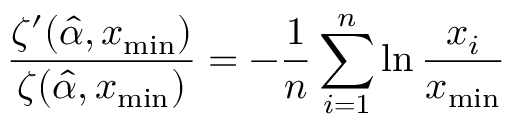
{ \frac { \zeta ^ { \prime } ( { \hat { \alpha } } , x _ { \operatorname* { m i n } } ) } { \zeta ( { \hat { \alpha } } , x _ { \operatorname* { m i n } } ) } } = - { \frac { 1 } { n } } \sum _ { i = 1 } ^ { n } \ln { \frac { x _ { i } } { x _ { \operatorname* { m i n } } } }